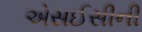
એસઈસીની